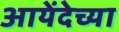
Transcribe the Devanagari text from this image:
आयेंदेच्या